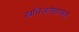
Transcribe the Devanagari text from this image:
खनिजतेलासह